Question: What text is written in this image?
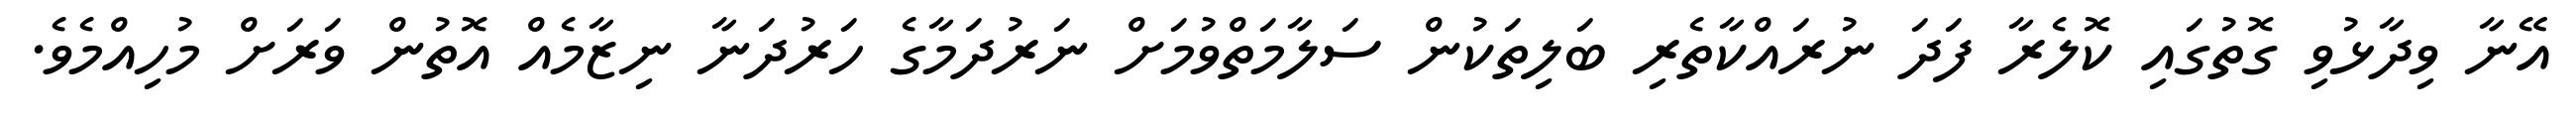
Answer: އޭނާ ވިދާޅުވި ގޮތުގައި ކޮލެރާ ފަދަ ނުރައްކާތެރި ބަލިތަކުން ސަލާމަތްވުމަށް ނަރުދަމާގެ ހަރުދަނާ ނިޒާމެއް އޮތުން ވަރަށް މުހިއްމެވެ.